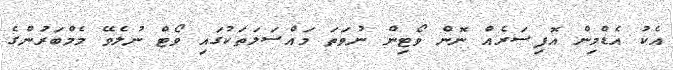
އެކު އެޑްމިން އޮފިސަރެއް ނޮން ވޯޓިން ނުވަތަ މައްްސަލަތަކުގައި ވޯޓް ނުލެވޭ މެމްބަރުންގެ